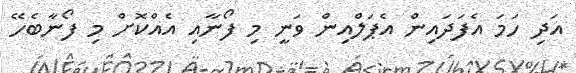
އަދި ހަމަ އެފަދައިން އެޕަލްއިން ވަނީ މި ފޯނާއި އެއްކޮށް މި ފޯނާބެހޭ